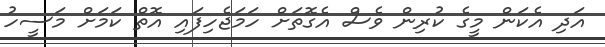
އަދި އެކަން މީގެ ކުރިން ވެސް އެގޮތަށް ހަމަޖެހިފައި އޮތް ކަމަށް މަސީހު